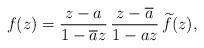
LaTeX: \begin{align*}f(z) = \frac{z-a}{1-\overline{a}z}\, \frac{z-\overline{a}}{1-az}\, \widetilde{f}(z),\end{align*}